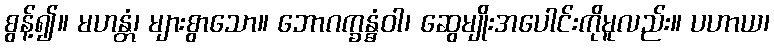
စွန့်၍။ မဟန္တံ၊ များစွာသော။ ဘောဂက္ခန္ဓံဝါ၊ ဆွေမျိုးအပေါင်းကိုမူလည်း။ ပဟာယ၊